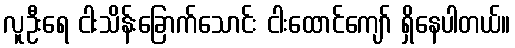
လူဦးရေ ငါးသိန်းခြောက်သောင်း ငါးထောင်ကျော် ရှိနေပါတယ်။